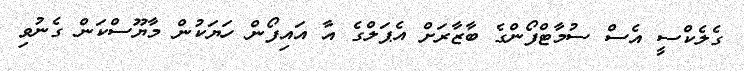
ގެލެކްސީ އެސް ސުމާޓްފޯންގެ ބާޒާރަށް އެޕަލްގެ އާ އައިފޯން ހަޔަކުން މާޔޫސްކަން ގެނުވި